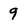
Character: 9